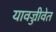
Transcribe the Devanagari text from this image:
यावज्जीवेत